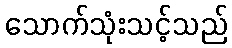
သောက်သုံးသင့်သည်